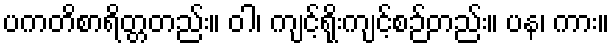
ပကတိစာရိတ္တတည်း။ ဝါ၊ ကျင့်ရိုးကျင့်စဉ်တည်း။ ပန၊ ကား။